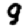
Digit: 9